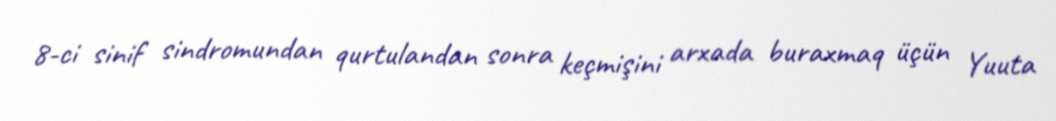
8-ci sinif sindromundan qurtulandan sonra keçmişini arxada buraxmaq üçün Yuuta